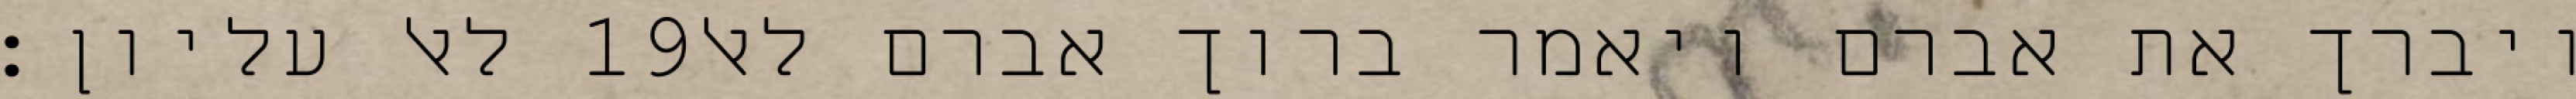
לאל עליון׃ ‎19‏ ויברך את אברם ויאמר ברוך אברם לאל